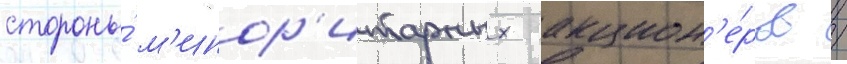
стороны́ м'инор'итарных акцион'е́ров /